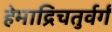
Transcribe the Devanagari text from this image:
हेमाद्रिचतुर्वर्गं